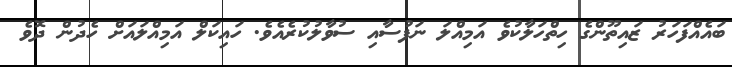
ބައެއްފަހަރު ޒައިތޫންގެ ހިތްހަލާކުވެ އަމިއްލަ ނަފުސާއި ސުވާލުކުރެއެވެ. ހައިކަލް އަމިއްލައަށް ހެދުން ދޮވެ